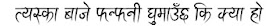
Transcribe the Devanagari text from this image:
त्यसका हाजे फन्फनी घुमाउँछ कि क्या हो